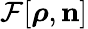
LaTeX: {\cal F}[{\boldsymbol\rho},{\mathbf n}]